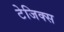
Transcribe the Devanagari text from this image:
टेजिक्स